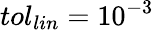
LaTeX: tol_{lin}=10^{-3}